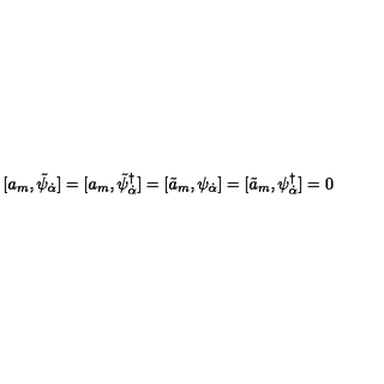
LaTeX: [ a _ { m } , \tilde { \psi } _ { \dot { \alpha } } ] = [ a _ { m } , \tilde { \psi } _ { \dot { \alpha } } ^ { \dagger } ] = [ \tilde { a } _ { m } , \psi _ { \dot { \alpha } } ] = [ \tilde { a } _ { m } , \psi _ { \dot { \alpha } } ^ { \dagger } ] = 0